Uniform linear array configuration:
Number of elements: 12
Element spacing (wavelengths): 1
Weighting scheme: hamming
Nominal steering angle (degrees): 30
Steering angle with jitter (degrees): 31.707
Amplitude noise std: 0.05
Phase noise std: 0.05

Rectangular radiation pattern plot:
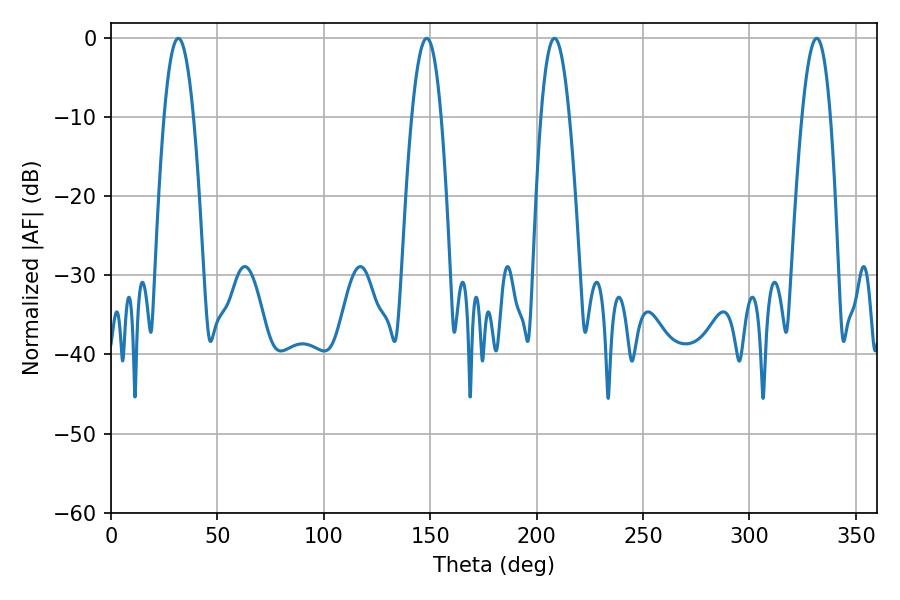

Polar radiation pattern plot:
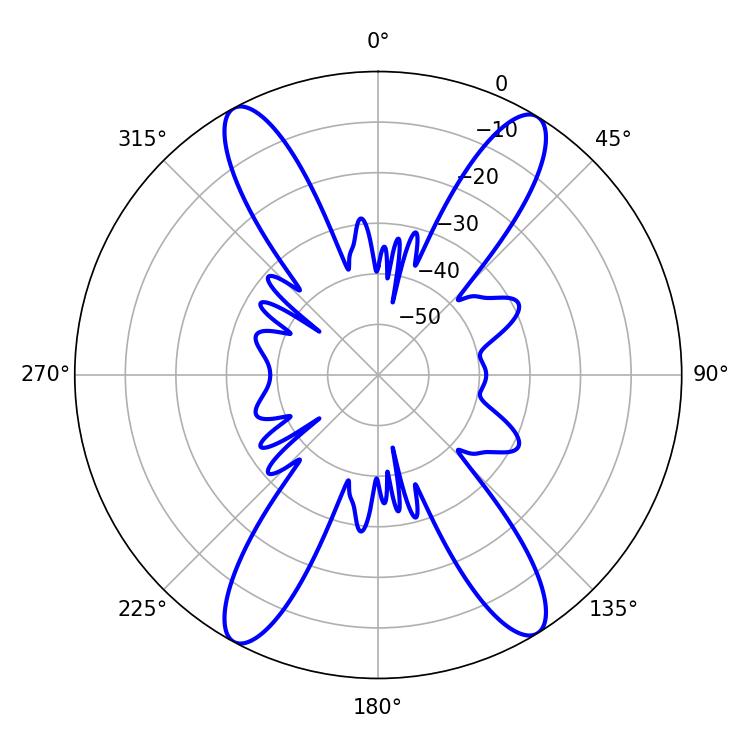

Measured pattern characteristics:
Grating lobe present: TRUE
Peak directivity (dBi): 20.422
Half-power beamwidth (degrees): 7.38
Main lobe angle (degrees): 208.44